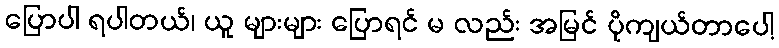
ပြောပါ ရပါတယ်၊ ယူ များများ ပြောရင် မ လည်း အမြင် ပိုကျယ်တာပေါ့